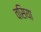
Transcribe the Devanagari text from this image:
वसिया